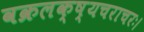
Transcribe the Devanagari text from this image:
वक्रलक्ष्यचराचरः।